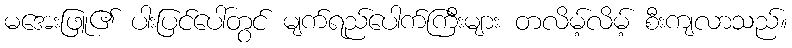
မအေးဖြူ၏ ပါးပြင်ပေါ်တွင် မျက်ရည်ပေါက်ကြီးများ တလိမ့်လိမ့် စီးကျလာသည်။